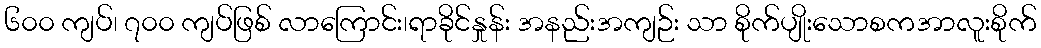
၆၀၀ ကျပ်၊ ၇၀၀ ကျပ်ဖြစ် လာကြောင်း၊ရာခိုင်နှုန်း အနည်းအကျဉ်း သာ စိုက်ပျိုးသောစကအာလူးစိုက်